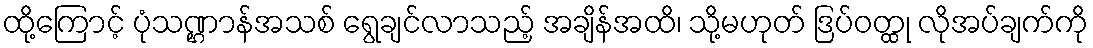
ထို့ကြောင့် ပုံသဏ္ဌာန်အသစ် ရွေချင်လာသည့် အချိန်အထိ၊ သို့မဟုတ် ဒြပ်ဝတ္ထု လိုအပ်ချက်ကို